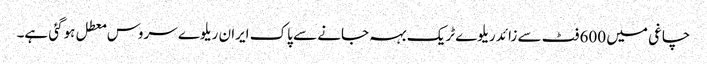
چاغی میں 600 فٹ سے زائد ریلوے ٹریک بہہ جانے سے پاک ایران ریلوے سروس معطل ہوگئی ہے۔